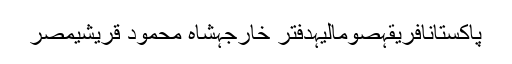
پاکستانافریقہصومالیہدفتر خارجہشاہ محمود قریشیمصر